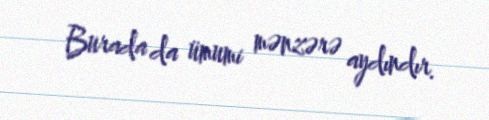
Burada da ümumi mənzərə aydındır.